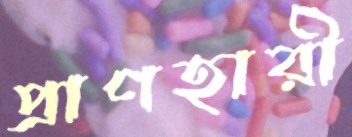
প্রাণহারী